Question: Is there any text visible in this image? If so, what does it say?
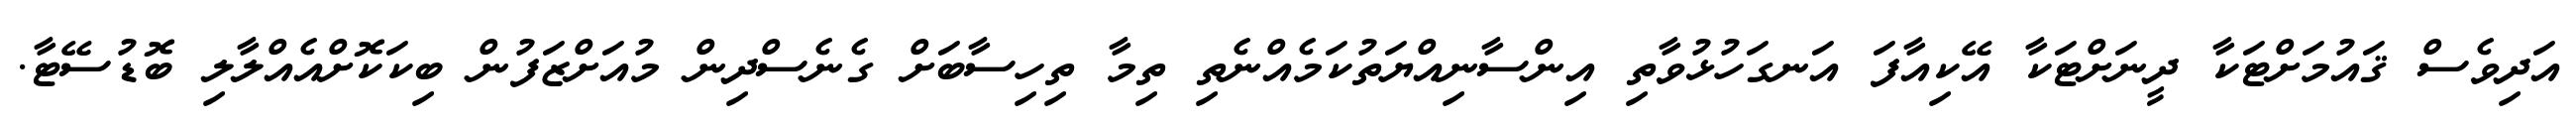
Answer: އަދިވެސް ޤައުމަށްޓަކާ ދީނަށްޓަކާ އޭކިއާފަ އަނގަހުޅުވާތި އިންސާނިއްޔަތުކަމެއްނެތި ތިމާ ތިހިސާބަށް ގެނެސްދިން މުއަށްޒަފުން ބިކަކޮށްއެއްލާލި ބޮޑުސޭޓާ.